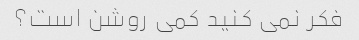
فکر نمی کنید کمی روشن است؟